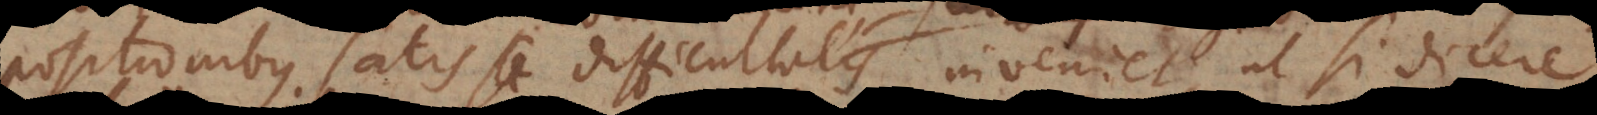
positionibus satis difficultatis inveniet, ut si dicere